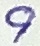
Text: 9